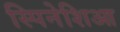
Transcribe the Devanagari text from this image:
स्पिनेशिआ